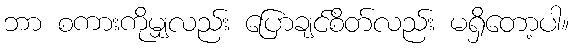
ဘာ စကားကိုမျှလည်း ပြောချင်စိတ်လည်း မရှိတော့ပါ။